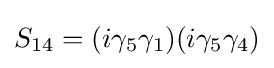
S_{14}=(i\gamma _{5}\gamma _{1})(i\gamma _{5}\gamma _{4})